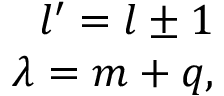
\begin{array} { r } { l ^ { \prime } = l \pm 1 } \\ { \lambda = m + q , } \end{array}